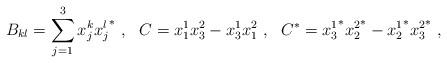
LaTeX: \begin{align*}B_{kl} = \sum_{j=1}^3x^k_{j}{x^l_j}^\ast \ , \ \ C = x_1^1x_3^2-x_3^1x_1^2 \ , \ \ C^\ast = {x_3^1}^\ast{x_2^2}^\ast-{x_2^1}^\ast{x_3^2}^\ast \ ,\end{align*}